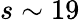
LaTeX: s\sim 19